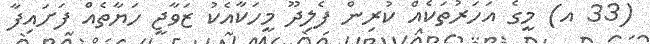
(33 އ) މީގެ އަހަރުތަކެއް ކުރިން ފެލިދޫ މީހަކާއެކު ޒަވާޖީ ހަޔާތެއް ފަށައިފާ